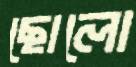
ছোলো